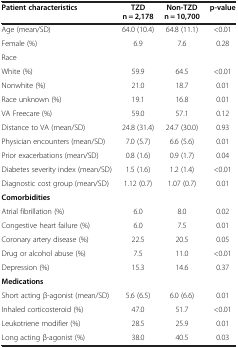
| Patient characteristics | TZD n = 2,178 | Non-TZD n = 10,700 | p-value |
 | --- | --- | --- | --- |
 | Age (mean/SD) | 64.0 (10.4) | 64.8 (11.1) | <0.01 |
 | Female (%) | 6.9 | 7.6 | 0.28 |
 | Race |  |  |  |
 | White (%) | 59.9 | 64.5 | <0.01 |
 | Nonwhite (%) | 21.0 | 18.7 | 0.01 |
 | Race unknown (%) | 19.1 | 16.8 | 0.01 |
 | VA Freecare (%) | 59.0 | 57.1 | 0.12 |
 | Distance to VA (mean/SD) | 24.8 (31.4) | 24.7 (30.0) | 0.93 |
 | Physician encounters (mean/SD) | 7.0 (5.7) | 6.6 (5.6) | 0.01 |
 | Prior exacerbations (mean/SD) | 0.8 (1.6) | 0.9 (1.7) | 0.04 |
 | Diabetes severity index (mean/SD) | 1.5 (1.6) | 1.2 (1.4) | <0.01 |
 | Diagnostic cost group (mean/SD) | 1.12 (0.7) | 1.07 (0.7) | 0.01 |
 | Comorbidities |  |  |  |
 | Atrial fibrillation (%) | 6.0 | 8.0 | 0.02 |
 | Congestive heart failure (%) | 6.0 | 7.5 | 0.01 |
 | Coronary artery disease (%) | 22.5 | 20.5 | 0.05 |
 | Drug or alcohol abuse (%) | 7.5 | 11.0 | <0.01 |
 | Depression (%) | 15.3 | 14.6 | 0.37 |
 | Medications |  |  |  |
 | Short acting β-agonist (mean/SD) | 5.6 (6.5) | 6.0 (6.6) | 0.01 |
 | Inhaled corticosteroid (%) | 47.0 | 51.7 | <0.01 |
 | Leukotriene modifier (%) | 28.5 | 25.9 | 0.01 |
 | Long acting β-agonist (%) | 38.0 | 40.5 | 0.03 |